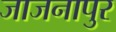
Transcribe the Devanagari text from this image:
जाजनापुर